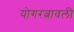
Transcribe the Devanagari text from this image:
योगरत्नावली